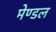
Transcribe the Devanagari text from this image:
मेण्डल